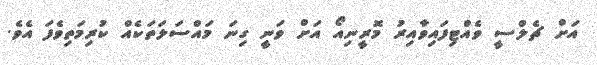
އަށް ޗެލްސީ ވެއްޓިފައިވާއިރު މޮރީނިއޯ އަށް ވަނީ ގިނަ މައްސަލަތަކެއް ކުރިމަތިވެފަ އެވެ.